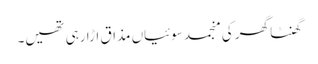
گھنٹا گھر کی منجمد سوئیاں مذاق اڑا رہی تھیں۔